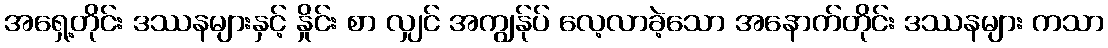
အရှေ့တိုင်း ဒဿနများနှင့် နှိုင်း စာ လျှင် အကျွန်ုပ် လေ့လာခဲ့သော အနောက်တိုင်း ဒဿနများ ကသာ